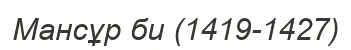
Мансұр би (1419-1427)